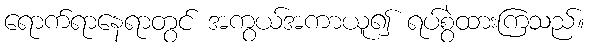
ရောက်ရာနေရာတွင် အကွယ်အကာယူ၍ ရပ်စွဲထားကြသည်။